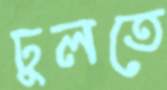
ঢুলতে